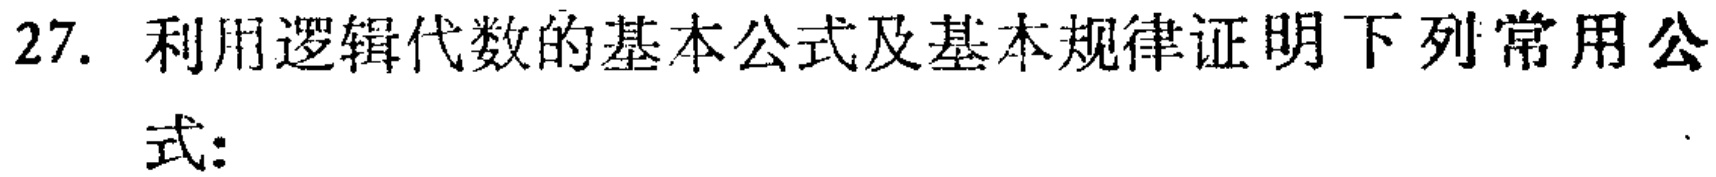
27. 利用逻辑代数的基本公式及基本规律证明下列常用公式: